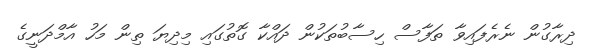
ދިރާގުން ނެރެފައިވާ ތަފާސް ހިސާބުތަކުން ދައްކާ ގޮތުގައި މިދިޔަ ތިން މަހު އާމްދަނީގެ